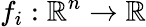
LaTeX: f_{i}:\mathbb{R}^{n}\rightarrow\mathbb{R}